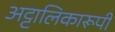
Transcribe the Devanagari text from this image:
अट्टालिकारूपी